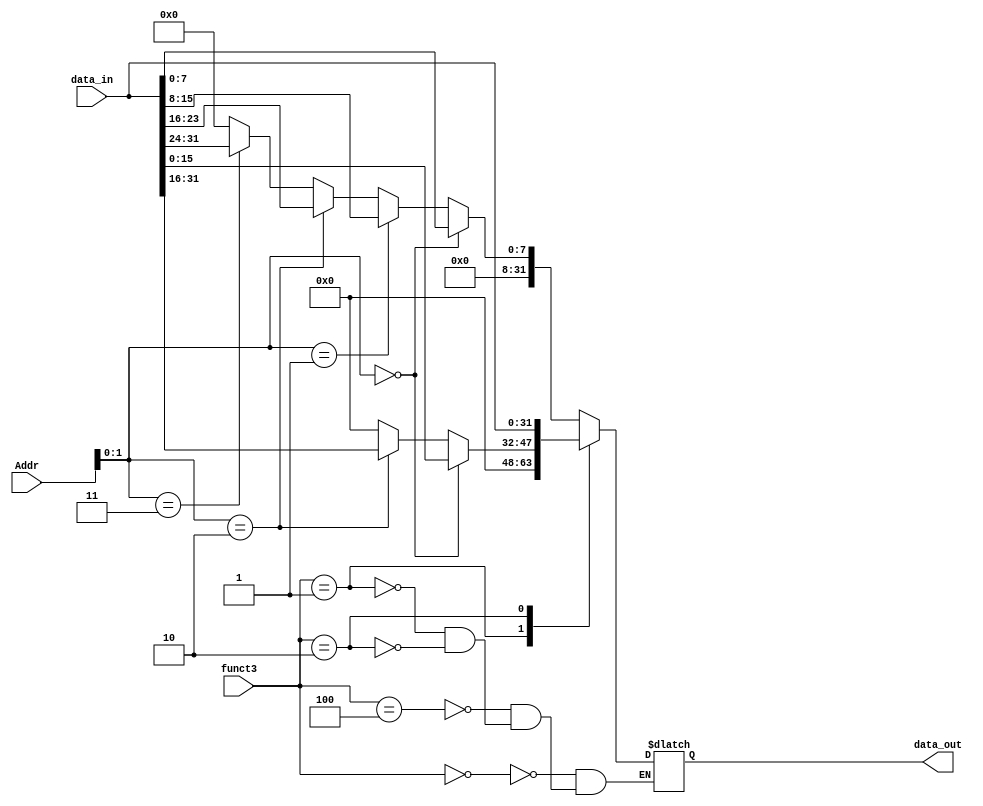
module output_shifter#(parameter XLEN = 32)
                      (input [XLEN-1:0] data_in,
                       input [2:0] funct3,
                       input [XLEN-1:0] Addr,
                       output reg [XLEN-1:0] data_out
                       );
                       
always @(*)
       begin
           case(funct3)
           //byte store and load
           3'b000: 
                  data_out = (Addr[1:0] == 2'b00) ? {24'b0,{data_in[7:0]}} :
                              (Addr[1:0] == 2'b01) ? {24'b0,{data_in[15:8]}} :
                              (Addr[1:0] == 2'b10) ? {24'b0,{data_in[23:16]}} :
                              (Addr[1:0] == 2'b11) ? {24'b0,{data_in[31:24]}} :32'b0;   
           3'b100:
                  data_out = (Addr[1:0] == 2'b00) ? {24'b0,{data_in[7:0]}} :
                              (Addr[1:0] == 2'b01) ? {24'b0,{data_in[15:8]}} :
                              (Addr[1:0] == 2'b10) ? {24'b0,{data_in[23:16]}} :
                              (Addr[1:0] == 2'b11) ? {24'b0,{data_in[31:24]}} :32'b0;
           /*
           //halfword store and load
           3'b01:
                  data_out = (Addr[1:0] == 2'b00) ? {{16{data_in[15]}},{data_in[15:0]}} :
                              (Addr[1:0] == 2'b10) ? {{16{data_in[31]}},{data_in[31:16]}} : 32'b0 ;       
           */
           //halfword store and load
           3'b001:
                  data_out = (Addr[1:0] == 2'b00) ? {16'b0,{data_in[15:0]}} :
                              (Addr[1:0] == 2'b10) ? {16'b0,{data_in[31:16]}} : 32'b0 ;                      
           //word store and load
           3'b010:
                  data_out = data_in;
                                                      
           endcase
       end

endmodule